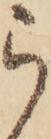
ら